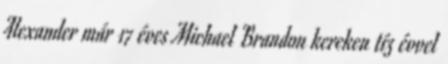
Alexander már 17 éves Michael Brandon kereken tíz évvel